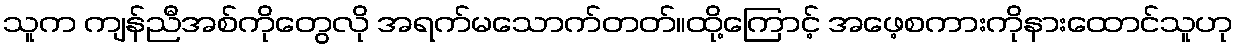
သူက ကျန်ညီအစ်ကိုတွေလို အရက်မသောက်တတ်။ထို့ကြောင့် အဖေ့စကားကိုနားထောင်သူဟု